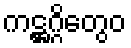
ကဋ္ဌဂ္ဂိတွေဝ